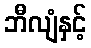
ဘီလျံနှင့်